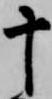
十